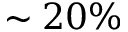
\sim 2 0 \%